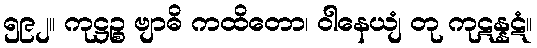
၅၉၂။ ကုဋ္ဌဉ္စ ဗျာဓိ ကထိတော၊ ဝါနေယျံ တု ကုဋန္နဋံ။